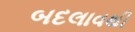
બદલાવથી